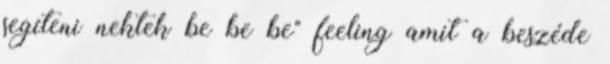
segíteni nektek be be be" feeling amit a beszéde